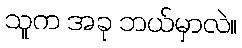
သူက အခု ဘယ်မှာလဲ။